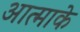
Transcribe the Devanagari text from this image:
आत्माके